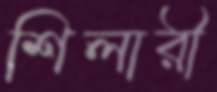
শিলারী